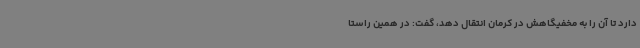
دارد تا آن را به مخفیگاهش در کرمان انتقال دهد، گفت: در همین راستا